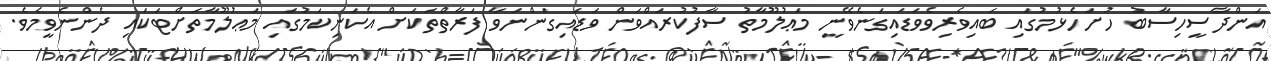
އަންދާސީހިސާބު ހުށަހެޅުމުގައި ބައިވެރިވެވަޑައިގަނެވޭނީ މަޢުލޫމާތު ސާފުކުރައްވަން ވަޑައިގަންނަވާ ފަރާތްތަކަށް އެކަނިކަމުގައި މަޢުލޫމާތަށްޓަކައި ދެންނެވީމެވެ.